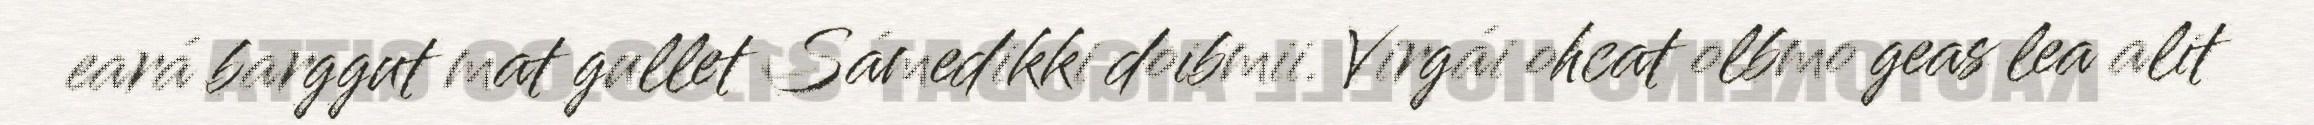
eará barggut mat gullet Sámedikki doibmii. Virgái ohcat olbmo geas lea alit